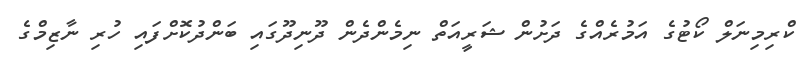
ކްރިމިނަލް ކޯޓުގެ އަމުރެއްގެ ދަށުން ޝަރީއަތް ނިމެންދެން ދޫނިދޫގައި ބަންދުކޮށްފައި ހުރި ނާޒިމްގެ